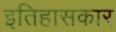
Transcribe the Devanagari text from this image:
इतिहासकार